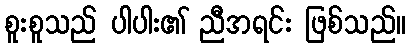
စူးစူသည် ပါပါး၏ ညီအရင်း ဖြစ်သည်။